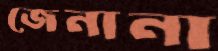
জেনানা